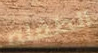
الطفله